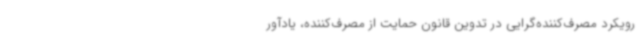
رویکرد مصرف‌کننده‌گرایی در تدوین قانون حمایت از مصرف‌کننده، یادآور